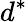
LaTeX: d^{\ast}